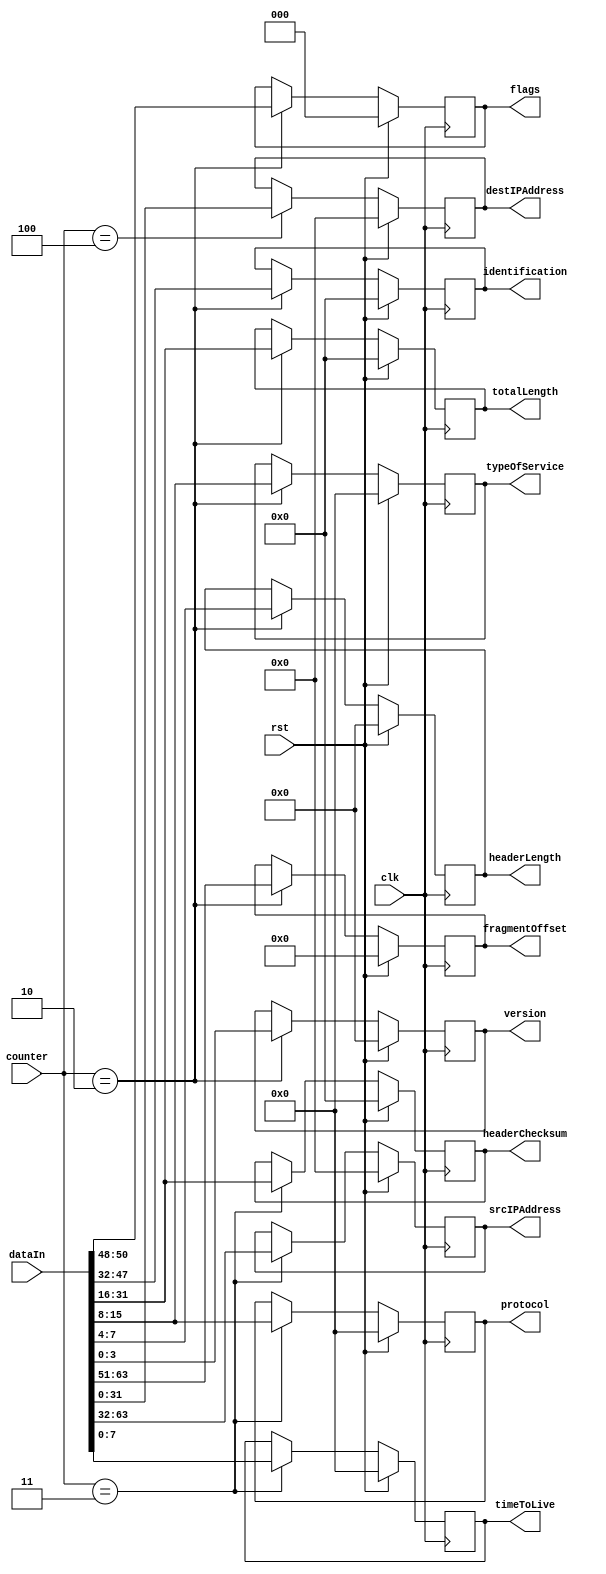
module ipDecoder (
    input clk,
    input rst,
    input [6:0] counter,
    input [63:0] dataIn,
    output reg [3:0] version,
    output reg [3:0] headerLength,
    output reg [7:0] typeOfService,
    output reg [15:0] totalLength,
    output reg [15:0] identification,
    output reg [2:0] flags,
    output reg [12:0] fragmentOffset,
    output reg [7:0] timeToLive,
    output reg [7:0] protocol,
    output reg [15:0] headerChecksum,
    output reg [31:0] srcIPAddress,
    output reg [31:0] destIPAddress
);

reg [3:0] versionNext;
reg [3:0] headerLengthNext;
reg [7:0] typeOfServiceNext;
reg [15:0] totalLengthNext;
reg [15:0] identificationNext;
reg [2:0] flagsNext;
reg [12:0] fragmentOffsetNext;
reg [7:0] timeToLiveNext;
reg [7:0] protocolNext;
reg [15:0] headerChecksumNext;
reg [31:0] srcIPAddressNext;
reg [31:0] destIPAddressNext;

always @(posedge clk) begin
    version <= versionNext;
    headerLength <= headerLengthNext;
    typeOfService <= typeOfServiceNext;
    totalLength <= totalLengthNext;
    identification <= identificationNext;
    flags <= flagsNext;
    fragmentOffset <= fragmentOffsetNext;
    timeToLive <= timeToLiveNext;
    protocol <= protocolNext;
    headerChecksum <= headerChecksumNext;
    srcIPAddress <= srcIPAddressNext;
    destIPAddress <= destIPAddressNext;
end

always @* begin
    versionNext = version;
    headerLengthNext = headerLength;
    typeOfServiceNext = typeOfService;
    totalLengthNext = totalLength;
    identificationNext = identification;
    flagsNext = flags;
    fragmentOffsetNext = fragmentOffset;
    timeToLiveNext = timeToLive;
    protocolNext = protocol;
    headerChecksumNext = headerChecksum;
    srcIPAddressNext = srcIPAddress;
    destIPAddressNext = destIPAddress;
    if (rst) begin
        versionNext = 4'h0;
        headerLengthNext = 4'h0;
        typeOfServiceNext = 8'h0;
        totalLengthNext = 16'h0;
        identificationNext = 16'h0;
        flagsNext = 2'h0;
        fragmentOffsetNext = 13'h0;
        timeToLiveNext = 8'h0;
        protocolNext = 8'h0;
        headerChecksumNext = 16'h0;
        srcIPAddressNext = 32'h0;
        destIPAddressNext = 32'h0;
    end else begin
        case (counter)
            2: begin
                versionNext = dataIn[3:0];
                headerLengthNext = dataIn[7:4];
                typeOfServiceNext = dataIn[15:8];
                totalLengthNext = dataIn[31:16];
                identificationNext = dataIn[47:32];
                flagsNext = dataIn[50:48];
                fragmentOffsetNext = dataIn[63:51];
            end
            3: begin
                timeToLiveNext = dataIn[7:0];
                protocolNext = dataIn[15:8];
                headerChecksumNext = dataIn[31:16];
                srcIPAddressNext = dataIn[63:32];
            end
            4: begin
                destIPAddressNext = dataIn[31:0];
            end
        endcase
    end
end
    
endmodule